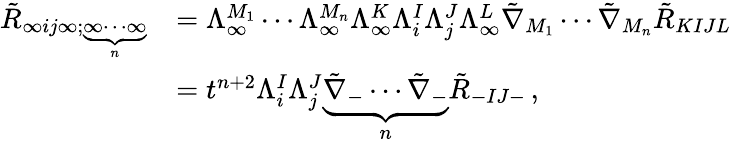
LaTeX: \begin{array}{rl}{\tilde{R}_{\infty ij\infty;\underbrace{\scriptstyle\infty\cdots\infty}_{n}}}&{=\Lambda^{M_{1}}_{\infty}\cdots\Lambda^{M_{n}}_{\infty}\Lambda^{K}_{\infty}\Lambda^{I}_{i}\Lambda^{J}_{j}\Lambda^{L}_{\infty}\tilde{\nabla}_{M_{1}}\cdots\tilde{\nabla}_{M_{n}}\tilde{R}_{KIJL}}\\ &{=t^{n+2}\Lambda^{I}_{i}\Lambda^{J}_{j}\underbrace{\tilde{\nabla}_{-}\cdots\tilde{\nabla}_{-}}_{n}\tilde{R}_{-IJ-}\, ,}\end{array}